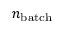
n _ { \mathrm { b a t c h } }